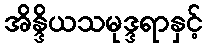
အိန္ဒိယသမုဒ္ဒရာနှင့်